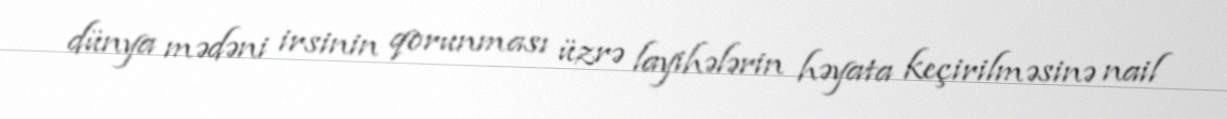
dünya mədəni irsinin qorunması üzrə layihələrin həyata keçirilməsinə nail